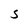
Character: S